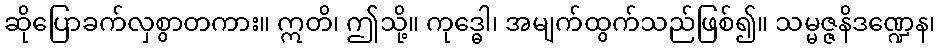
ဆိုပြောခက်လှစွာတကား။ ဣတိ၊ ဤသို့။ ကုဒ္ဓေါ၊ အမျက်ထွက်သည်ဖြစ်၍။ သမ္မဇ္ဇနိဒဏ္ဍေန၊